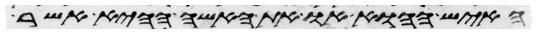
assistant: האיש ההוא או את האשה ההיא אשר